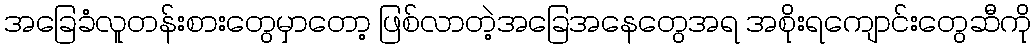
အခြေခံလူတန်းစားတွေမှာတော့ ဖြစ်လာတဲ့အခြေအနေတွေအရ အစိုးရကျောင်းတွေဆီကို